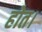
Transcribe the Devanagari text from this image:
होत।